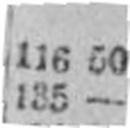
135 —